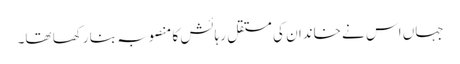
جہاں اس نے خاندان کی مستقل رہائش کا منصوبہ بنا رکھا تھا۔